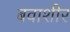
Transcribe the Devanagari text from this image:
बवाशीर